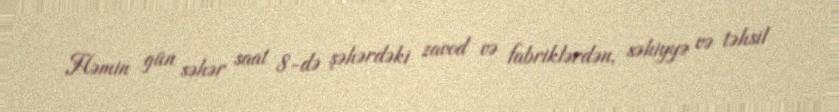
Həmin gün səhər saat 8-də şəhərdəki zavod və fabriklərdən, səhiyyə və təhsil